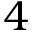
4